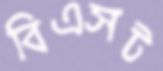
বিএসট